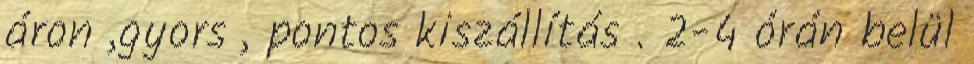
áron ,gyors , pontos kiszállítás . 2-4 órán belül